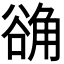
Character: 𬢗